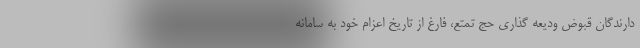
دارندگان قبوض ودیعه گذاری حج تمتع، فارغ از تاریخ اعزام خود به سامانه